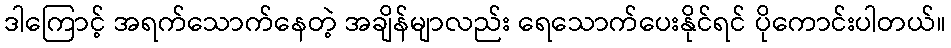
ဒါကြောင့် အရက်သောက်နေတဲ့ အချိန်မျာလည်း ရေသောက်ပေးနိုင်ရင် ပိုကောင်းပါတယ်။